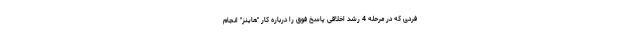
فردی که در مرحله 4 رشد اخلاقی پاسخ فوق را درباره کار "هاینز" انجام